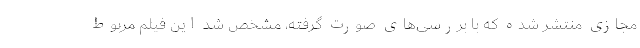
مجازی منتشر شده که با بررسی‌های صورت گرفته، مشخص شد این فیلم مربوط